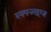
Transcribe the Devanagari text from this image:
स्फ्फ्ज्ख्ग्ज